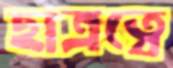
ছাত্রত্বে